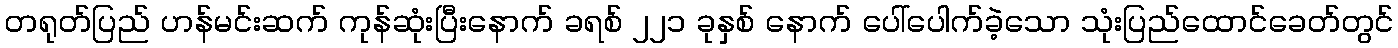
တရုတ်ပြည် ဟန်မင်းဆက် ကုန်ဆုံးပြီးနောက် ခရစ် ၂၂၁ ခုနှစ် နောက် ပေါ်ပေါက်ခဲ့သော သုံးပြည်ထောင်ခေတ်တွင်